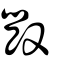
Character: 毁